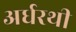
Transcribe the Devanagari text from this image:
अर्धरथी